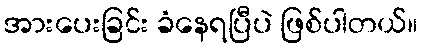
အားပေးခြင်း ခံနေရပြီပဲ ဖြစ်ပါတယ်။